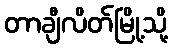
တာချီလိတ်မြို့သို့